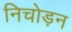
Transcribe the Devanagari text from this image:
निचोड़न